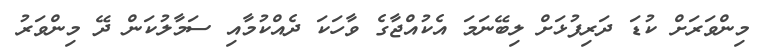
މިންވަރަށް ކުޑަ ދަރިފުޅަށް ލިބޭނަމަ އެކުއްޖާގެ ވާހަކަ ދެއްކުމާއި ސަމާލުކަން ދޭ މިންވަރު